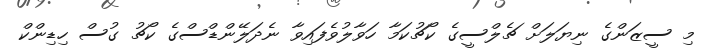
މި ސީޒަންގެ ނިޔަލަށް ޗެލްސީގެ ކޯޗުކަމާ ހަވާލުވެފައިވާ ނެދަލޭންޑްސްގެ ކޯޗު ގުސް ހިޑިންކް